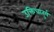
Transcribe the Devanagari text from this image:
उक्तिचातुर्य